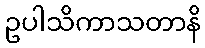
ဥပါသိကာသတာနိ